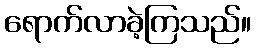
ရောက်လာခဲ့ကြသည်။